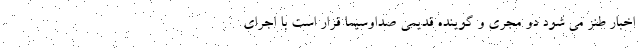
اخبار طنز می شود دو مجری و گوینده قدیمی صداوسیما قرار است با اجرای